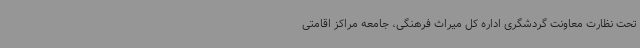
تحت نظارت معاونت گردشگری اداره کل میراث فرهنگی، جامعه مراکز اقامتی